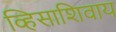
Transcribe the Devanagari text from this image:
व्हिसाशिवाय